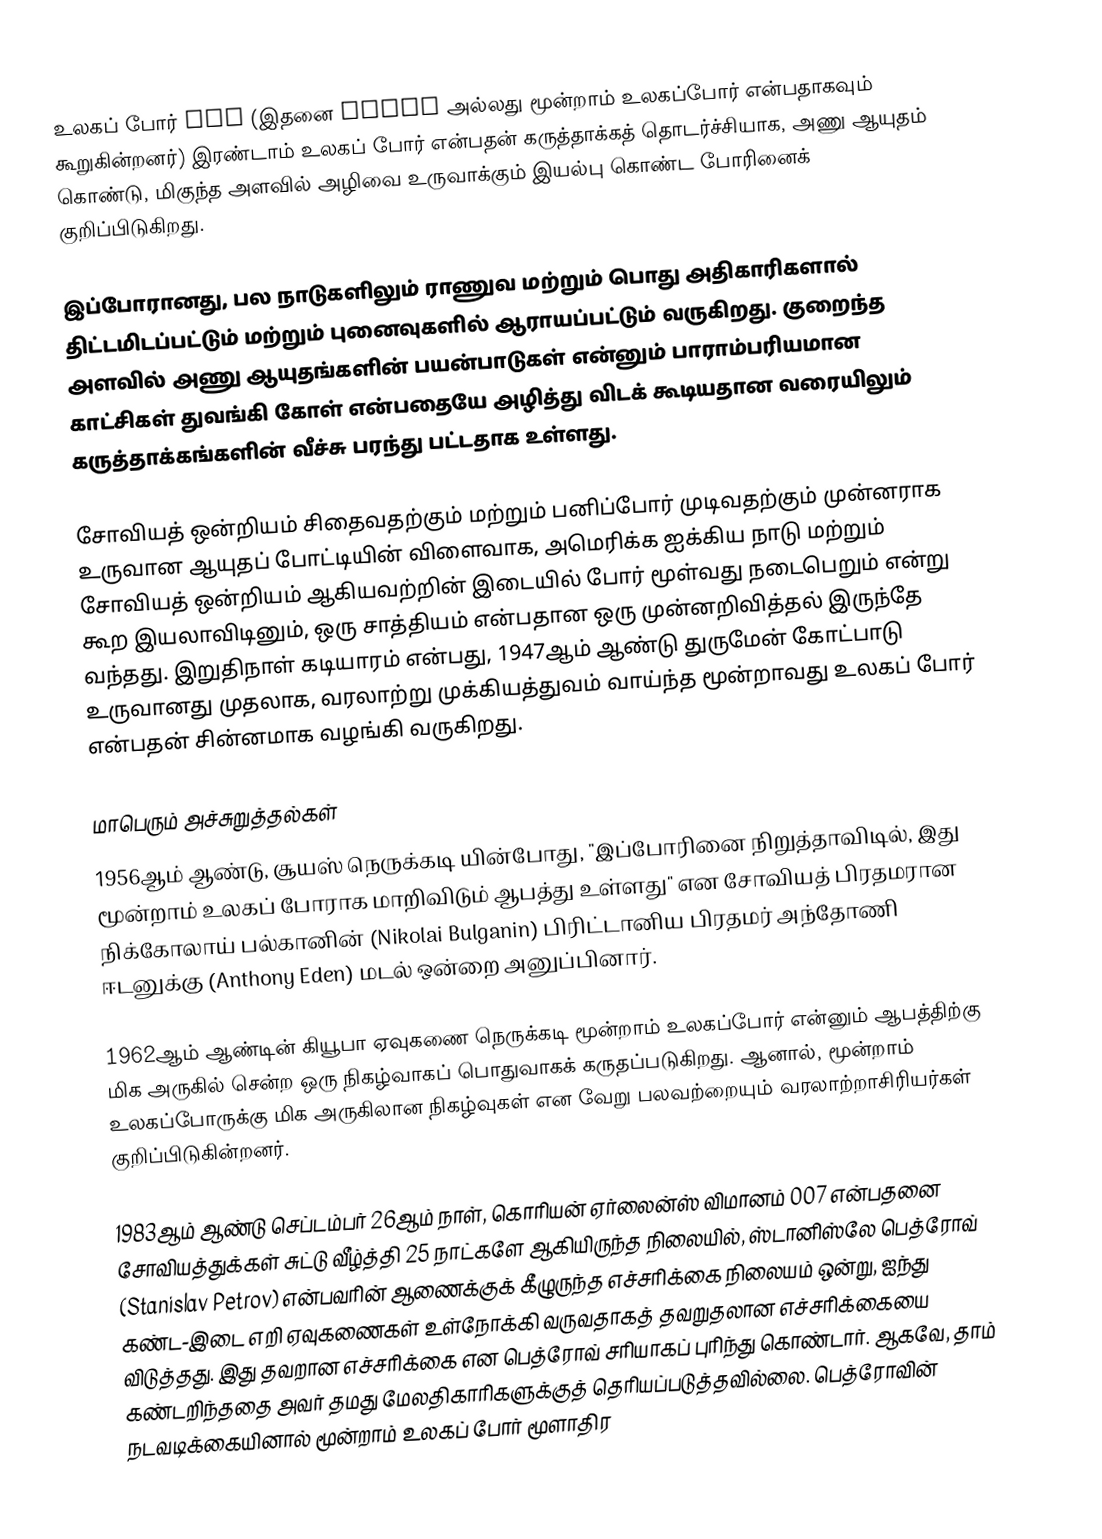
உலகப் போர் III (இதனை WWIII அல்லது மூன்றாம் உலகப்போர் என்பதாகவும் கூறுகின்றனர்) இரண்டாம் உலகப் போர் என்பதன் கருத்தாக்கத் தொடர்ச்சியாக, அணு ஆயுதம் கொண்டு, மிகுந்த அளவில் அழிவை உருவாக்கும் இயல்பு கொண்ட போரினைக் குறிப்பிடுகிறது.

இப்போரானது, பல நாடுகளிலும் ராணுவ மற்றும் பொது அதிகாரிகளால் திட்டமிடப்பட்டும் மற்றும் புனைவுகளில் ஆராயப்பட்டும் வருகிறது. குறைந்த அளவில் அணு ஆயுதங்களின் பயன்பாடுகள் என்னும் பாராம்பரியமான காட்சிகள் துவங்கி கோள் என்பதையே அழித்து விடக் கூடியதான வரையிலும் கருத்தாக்கங்களின் வீச்சு பரந்து பட்டதாக உள்ளது.

சோவியத் ஒன்றியம் சிதைவதற்கும் மற்றும் பனிப்போர் முடிவதற்கும் முன்னராக உருவான ஆயுதப் போட்டியின் விளைவாக, அமெரிக்க ஐக்கிய நாடு மற்றும் சோவியத் ஒன்றியம் ஆகியவற்றின் இடையில் போர் மூள்வது நடைபெறும் என்று கூற இயலாவிடினும், ஒரு சாத்தியம் என்பதான ஒரு முன்னறிவித்தல் இருந்தே வந்தது. இறுதிநாள் கடியாரம் என்பது, 1947ஆம் ஆண்டு துருமேன் கோட்பாடு உருவானது முதலாக, வரலாற்று முக்கியத்துவம் வாய்ந்த மூன்றாவது உலகப் போர் என்பதன் சின்னமாக வழங்கி வருகிறது.

மாபெரும் அச்சுறுத்தல்கள்
1956ஆம் ஆண்டு, சூயஸ் நெருக்கடி யின்போது, "இப்போரினை நிறுத்தாவிடில், இது மூன்றாம் உலகப் போராக மாறிவிடும் ஆபத்து உள்ளது" என சோவியத் பிரதமரான நிக்கோலாய் பல்கானின் (Nikolai Bulganin) பிரிட்டானிய பிரதமர் அந்தோணி ஈடனுக்கு (Anthony Eden) மடல் ஒன்றை அனுப்பினார்.

1962ஆம் ஆண்டின் கியூபா ஏவுகணை நெருக்கடி மூன்றாம் உலகப்போர் என்னும் ஆபத்திற்கு மிக அருகில் சென்ற ஒரு நிகழ்வாகப் பொதுவாகக் கருதப்படுகிறது. ஆனால், மூன்றாம் உலகப்போருக்கு மிக அருகிலான நிகழ்வுகள் என வேறு பலவற்றையும் வரலாற்றாசிரியர்கள் குறிப்பிடுகின்றனர்.

1983ஆம் ஆண்டு செப்டம்பர் 26ஆம் நாள், கொரியன் ஏர்லைன்ஸ் விமானம் 007 என்பதனை சோவியத்துக்கள் சுட்டு வீழ்த்தி 25 நாட்களே ஆகியிருந்த நிலையில், ஸ்டானிஸ்லே பெத்ரோவ் (Stanislav Petrov) என்பவரின் ஆணைக்குக் கீழுருந்த எச்சரிக்கை நிலையம் ஒன்று, ஐந்து கண்ட-இடை எறி ஏவுகணைகள் உள்நோக்கி வருவதாகத் தவறுதலான எச்சரிக்கையை விடுத்தது. இது தவறான எச்சரிக்கை என பெத்ரோவ் சரியாகப் புரிந்து கொண்டார். ஆகவே, தாம் கண்டறிந்ததை அவர் தமது மேலதிகாரிகளுக்குத் தெரியப்படுத்தவில்லை. பெத்ரோவின் நடவடிக்கையினால் மூன்றாம் உலகப் போர் மூளாதிர